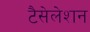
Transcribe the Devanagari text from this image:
टैसेलेशन